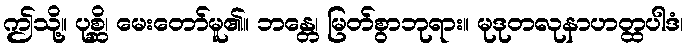
ဤသို့။ ပုစ္ဆိ၊ မေးတော်မူ၏။ ဘန္တေ၊ မြတ်စွာဘုရား။ မုဒုတလုနာဟတ္ထပါဒံ၊